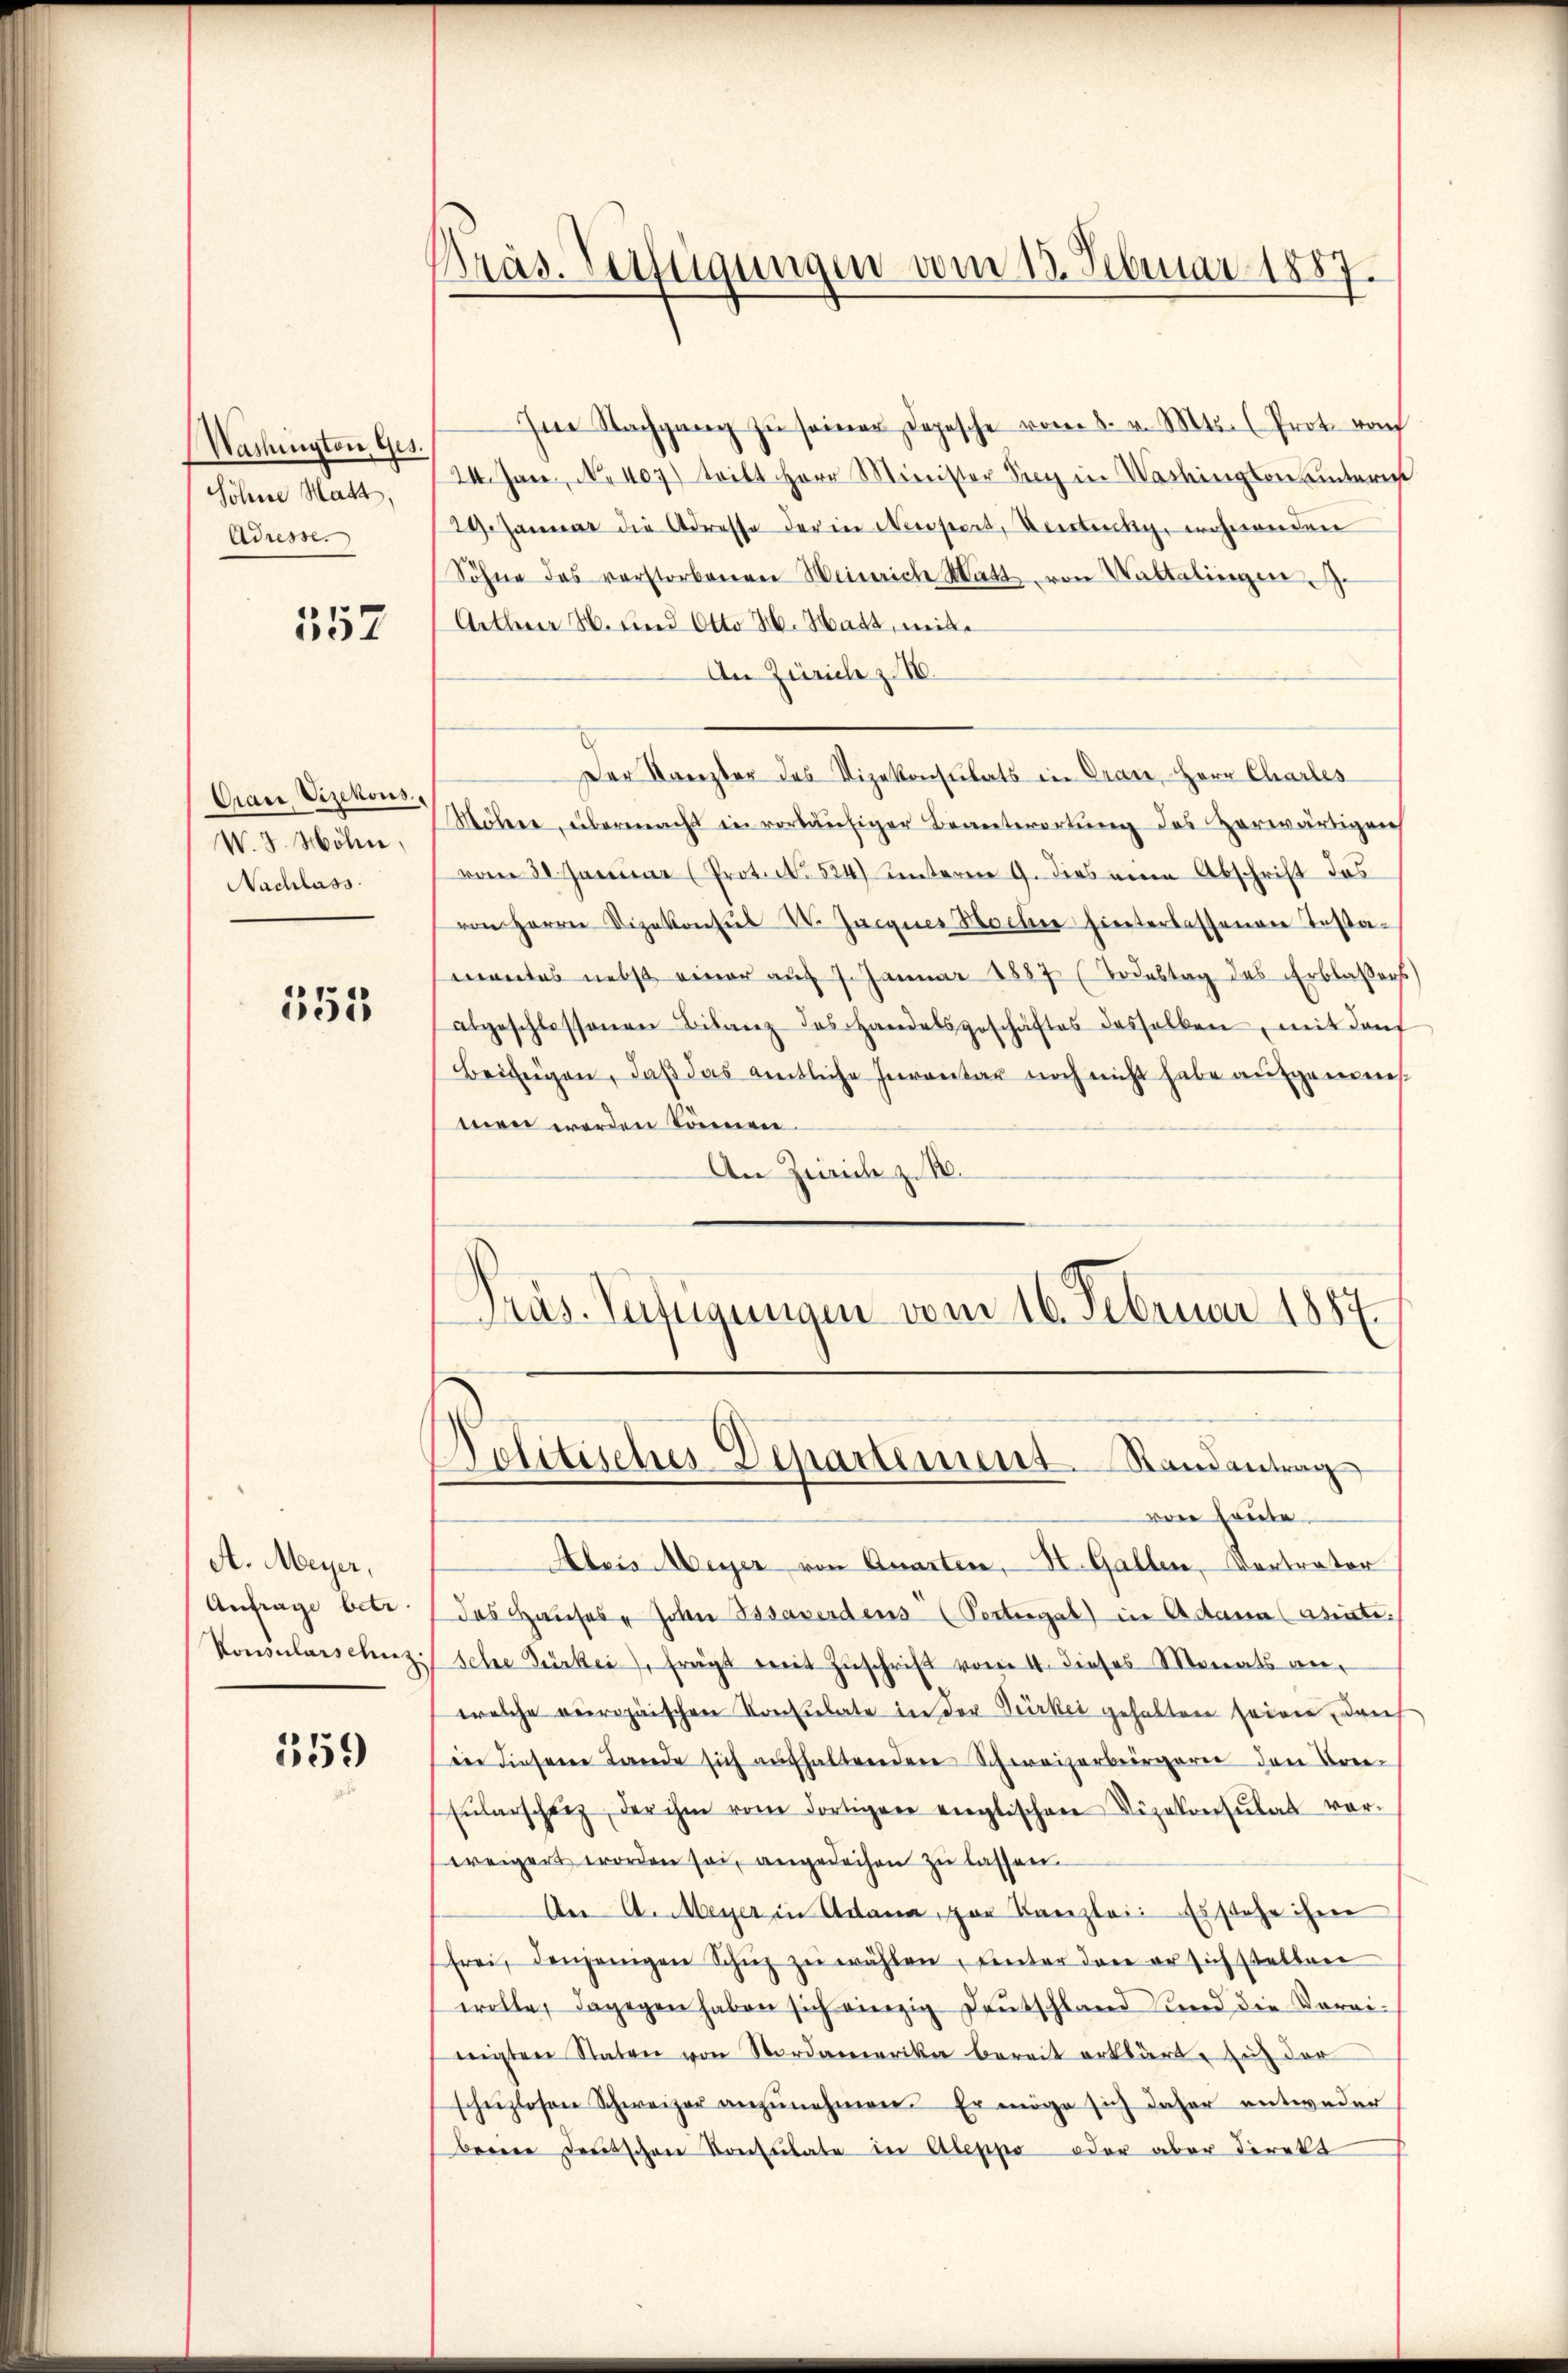
Washingten Ges.
Söhne Matt,
Adresse.

157

Crarr Vizekons
W. 3. Möln,
Nachlass

555

A. Meyer,
Anfrage betr
Konsularschus

559

Präs. Verfügungen vom 13. Februar 1887.

Im Nachgang zŭ seiner Depesche vom 8. v. Mts. (Prot. vom
24. Jan. No. 407) tritt Herr Minister Sey in Washington untere
24. Januar die Adresse der in Neesert, Vertricky, wohnenden
Söhne des verstorbenen Weinrich Watt von Waltalingen
Arthner H. und Otto H. Hatz, mit¬
An Zürich z. 16.
Der Kanzler des Vizekonsulats in Oran, Herr Charles
Möhere, übermacht in vorläufiger Beanterortung des Zerwärtigen
vom 30. Januar (Prot. N. 524) unterm 9. dies neuen Abschrift das
von Herrn Vizekonsŭl V. Jacques Hocher hinterlassenen Testa-
mentes nebst einer auf 1. Januar 1887 (Todestag des Erblassers
abgeschlossenen Bilanz das Handelsgeschäftes desselben, mit den
Beifügen, daß das amtliche Inventar noch nicht habe aufgemeins
men werden Concieren
An Zürich z. B.
J
Präs. Zufügungen vom 16. Februar 1884.

Politisches Departement. Randantrag

von heute.
Abris Meyer von Quarten, St. Gallen, Vertrater
das Hauses John Bssawerdens (Pertergab in Adama (asiate
sche Gürbei, frägt mit Zŭschrift vom 4. dieses Monats an-
welche veropäischen Konsulate in der Verker gehabten seiner, dan
dee diesem Lande sich aufhaltenden Schweizerbergare den Brie¬
Eŭlarscheiz, der ihm vom dortigen englischen Vizekonsulat vor-
weigers worden sei, angedeihen zu lassen.
An A. Meyer in Adame, par Kanzlei. Es stehe ihrer
frei, denjenigen Schŭz zŭ wählen, ŭnter den er sich stellen
wolte, dagegen haben sich einzig Deutschland und die Vorei-
neigten Staten von Nordamerika bereit erklärt, sich der
scheizlosen Schweizer anzŭnehmen. Er möge sich daher entweder
berne deutschen Konsulate in Abeppo oder aber direkt